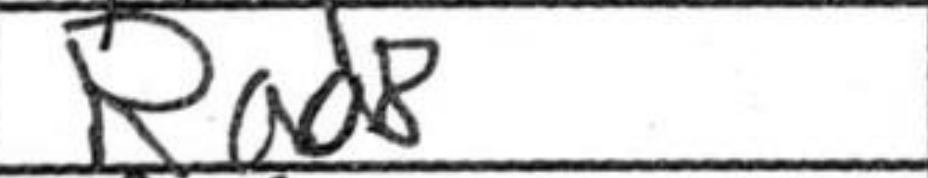
Transcription: Rad8